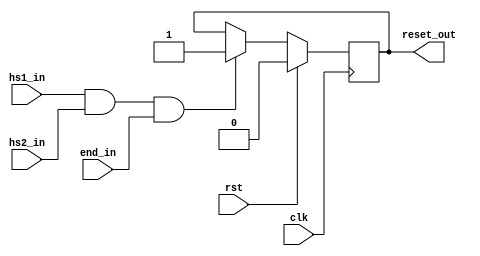
module top(hs2_in, end_in, rst, clk, reset_out, hs1_in);
  wire \\\\\\\\\\\\\\\\\\\\\\\\\\\\\\\\$1 ;
  wire \\\\\\\\\\\\\\\\\\\\\\\\\\\\\\\\$3 ;
  wire \\\\\\\\\\\\\\\\\\\\\\\\\\\\\\\\$5 ;
  wire \\\\\\\\\\\\\\\\\\\\\\\\\\\\\\\\$7 ;
  wire \\\\\\\\\\\\\\\\\\\\\\\\\\\\\\\\$9 ;
  (* src = "auto_reset.py:43" *)
  reg \\\\\\\\\\\\\\\\\\\\\\\\\\\\\\\\$next\\\\\\\\\\\\\\\\\\\\\\\\\\\\\\\\reset_out ;
  (* src = "nmigen/hdl/ir.py:329" *)
  input clk;
  (* src = "auto_reset.py:34" *)
  input end_in;
  (* src = "auto_reset.py:37" *)
  input hs1_in;
  (* src = "auto_reset.py:40" *)
  input hs2_in;
  (* init = 1'h0 *)
  (* src = "auto_reset.py:43" *)
  output reset_out;
  reg reset_out = 1'h0;
  (* src = "nmigen/hdl/ir.py:329" *)
  input rst;
  assign \\\\\\\\\\\\\\\\\\\\\\\\\\\\\\\\$9  = \\\\\\\\\\\\\\\\\\\\\\\\\\\\\\\\$5  & (* src = "auto_reset.py:54" *) \\\\\\\\\\\\\\\\\\\\\\\\\\\\\\\\$7 ;
  assign \\\\\\\\\\\\\\\\\\\\\\\\\\\\\\\\$1  = hs1_in == (* src = "auto_reset.py:54" *) 1'h1;
  assign \\\\\\\\\\\\\\\\\\\\\\\\\\\\\\\\$3  = hs2_in == (* src = "auto_reset.py:54" *) 1'h1;
  assign \\\\\\\\\\\\\\\\\\\\\\\\\\\\\\\\$5  = \\\\\\\\\\\\\\\\\\\\\\\\\\\\\\\\$1  & (* src = "auto_reset.py:54" *) \\\\\\\\\\\\\\\\\\\\\\\\\\\\\\\\$3 ;
  assign \\\\\\\\\\\\\\\\\\\\\\\\\\\\\\\\$7  = end_in == (* src = "auto_reset.py:54" *) 1'h1;
  always @(posedge clk)
      reset_out <= \\\\\\\\\\\\\\\\\\\\\\\\\\\\\\\\$next\\\\\\\\\\\\\\\\\\\\\\\\\\\\\\\\reset_out ;
  always @* begin
    \\\\\\\\\\\\\\\\\\\\\\\\\\\\\\\\$next\\\\\\\\\\\\\\\\\\\\\\\\\\\\\\\\reset_out  = reset_out;
    casez (\\\\\\\\\\\\\\\\\\\\\\\\\\\\\\\\$9 )
      1'h1:
          \\\\\\\\\\\\\\\\\\\\\\\\\\\\\\\\$next\\\\\\\\\\\\\\\\\\\\\\\\\\\\\\\\reset_out  = 1'h1;
    endcase
    casez (rst)
      1'h1:
          \\\\\\\\\\\\\\\\\\\\\\\\\\\\\\\\$next\\\\\\\\\\\\\\\\\\\\\\\\\\\\\\\\reset_out  = 1'h0;
    endcase
  end
endmodule